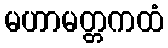
မဟာမတ္တကထံ